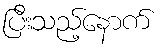
ပြီးသည့်နောက်